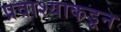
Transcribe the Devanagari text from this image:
प्रवाश्याकडून